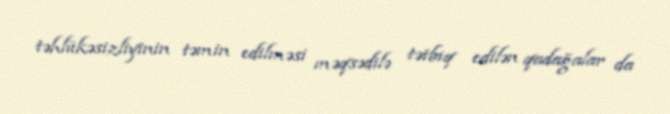
təhlükəsizliyinin təmin edilməsi məqsədilə tətbiq edilən qadağalar da